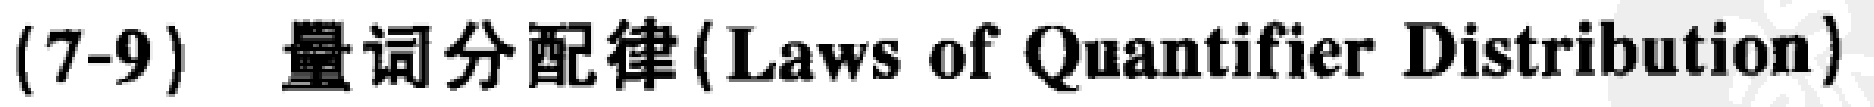
(7-9) 量词分配律 (Laws of Quantifier Distribution)